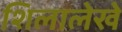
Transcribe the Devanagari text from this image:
शिलालेखे